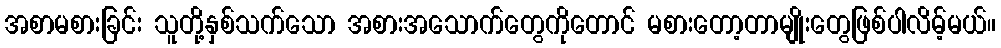
အစာမစားခြင်း သူတို့နှစ်သက်သော အစားအသောက်တွေကိုတောင် မစားတော့တာမျိုးတွေဖြစ်ပါလိမ့်မယ်။